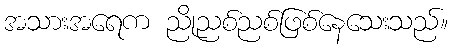
အသားအရေက ညိုညစ်ညစ်ဖြစ်နေသေးသည်။